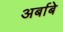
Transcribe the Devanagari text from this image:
अर्बाबे